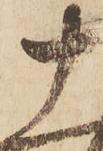
十